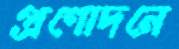
প্রণোদনে